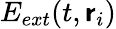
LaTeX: E_{ext}(t,\boldsymbol{\mathsf{r}}_{i})